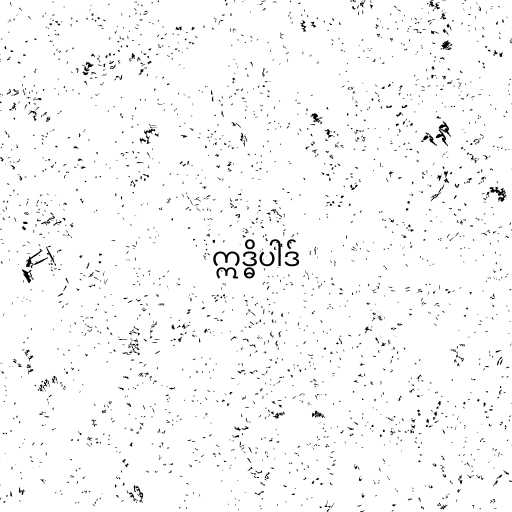
ဣဒ္ဓိပါဒ်